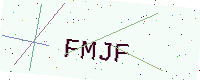
Text: FMJF